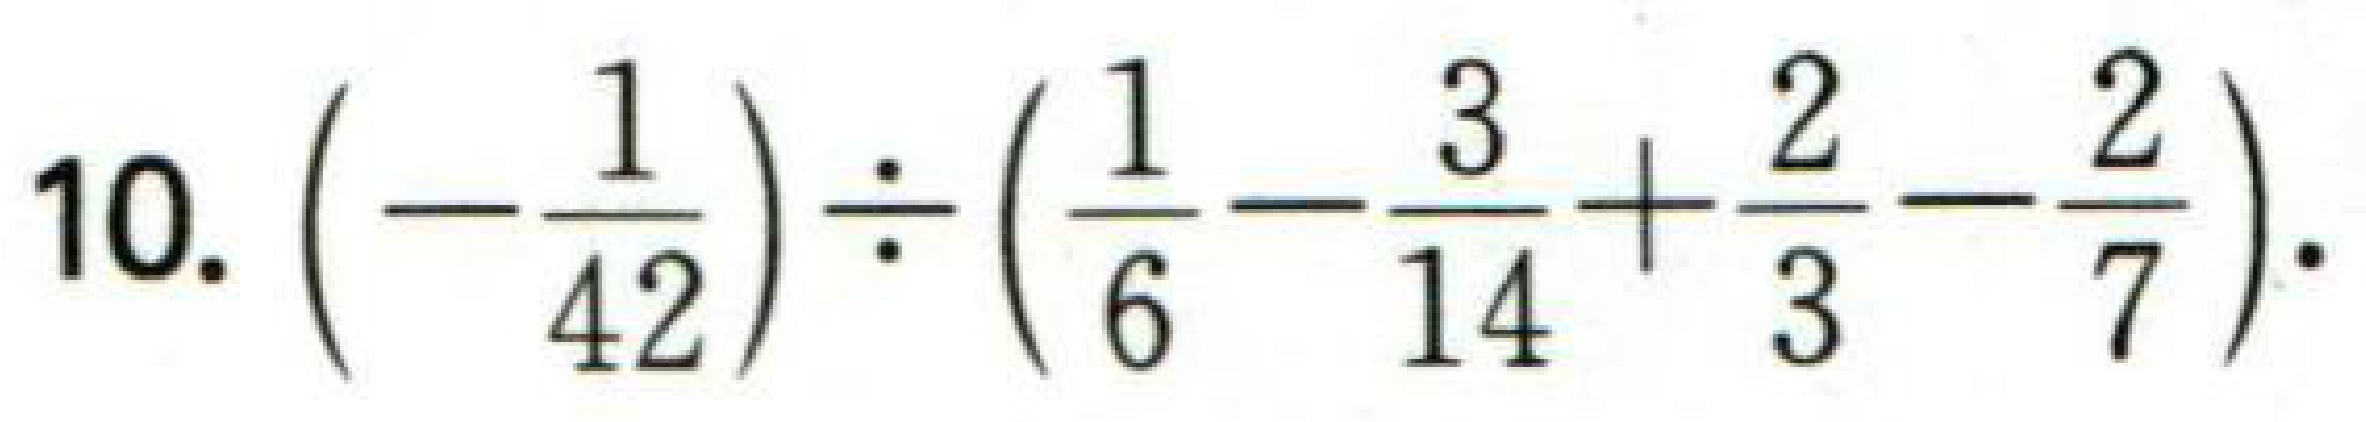
10. $\left(-\dfrac{1}{42}\right)\div\left(\dfrac{1}{6}-\dfrac{3}{14}+\dfrac{2}{3}-\dfrac{2}{7}\right)$.